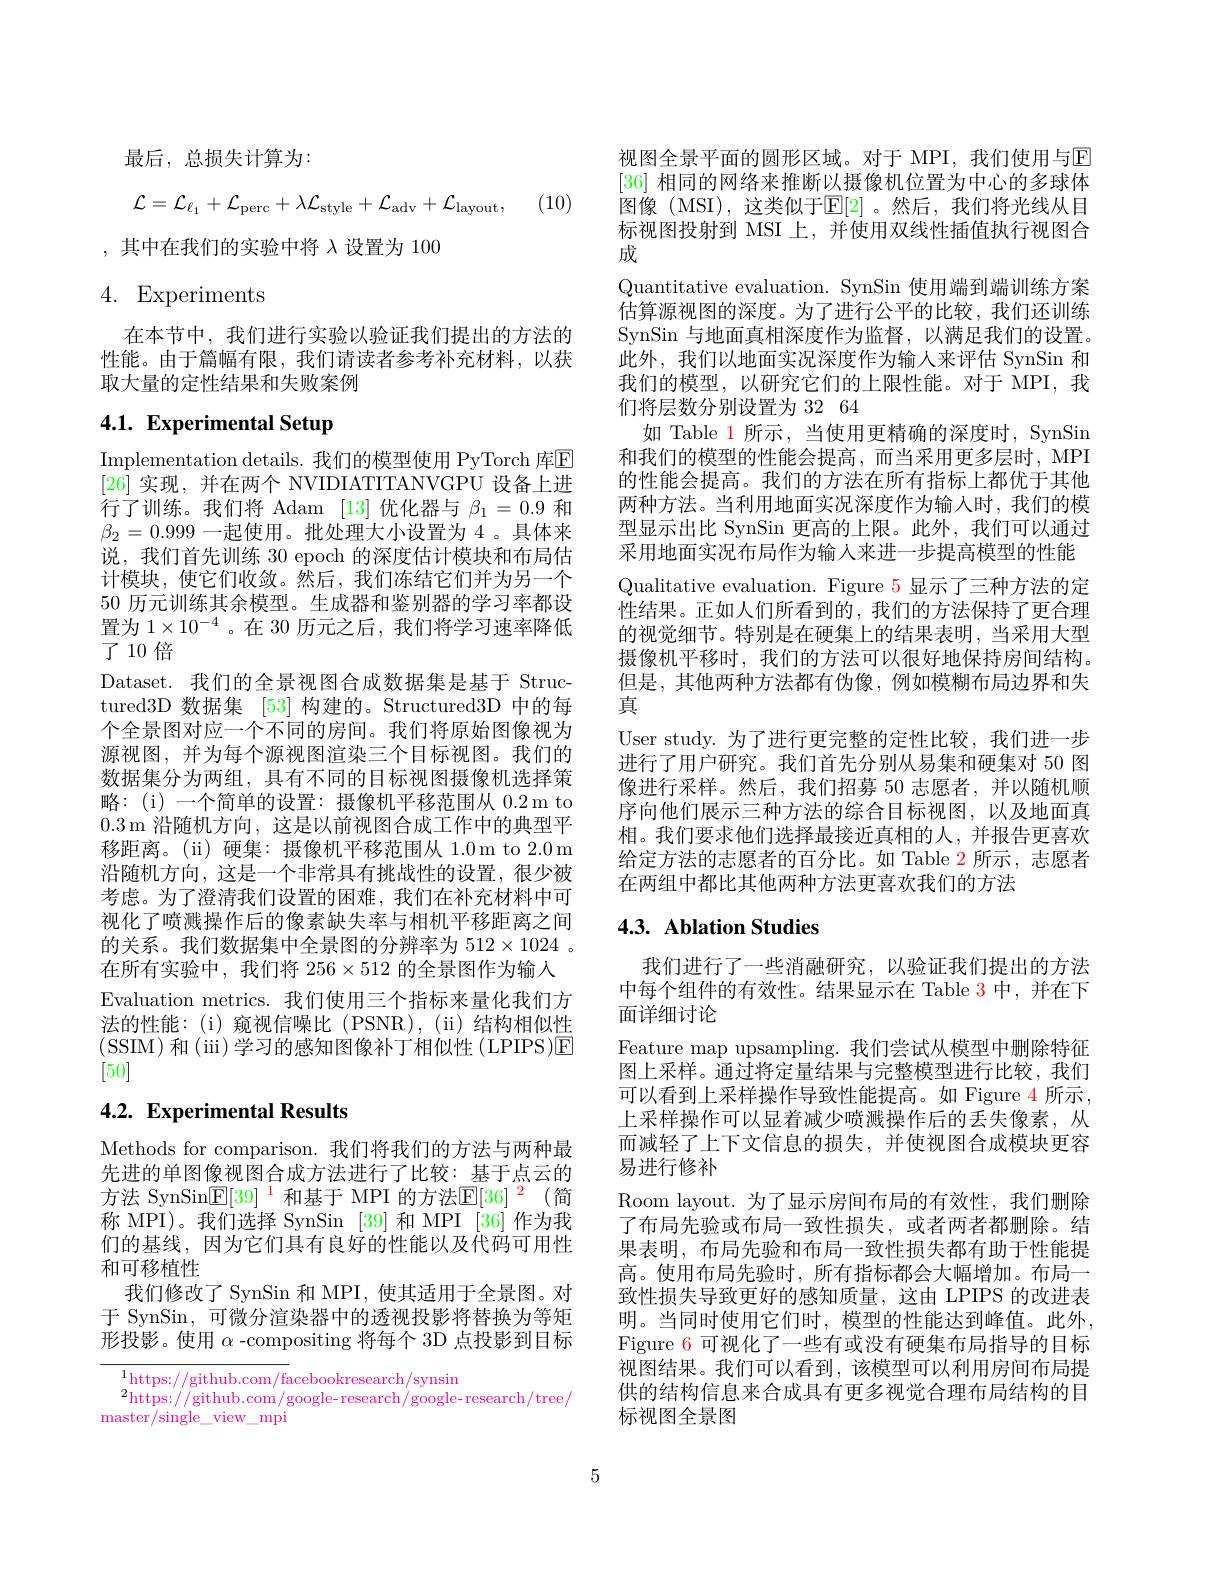
最后，总损失计算为：
$$\mathcal{L}=\mathcal{L}_{\ell_1}+\mathcal{L}_{\mathrm{perc}}+\lambda\mathcal{L}_{\mathrm{style}}+\mathcal{L}_{\mathrm{adv}}+\mathcal{L}_{\mathrm{layout}},$$
,其中在我们的实验中将$\lambda$设置为 100

# 4. Experiments

在本节中，我们进行实验以验证我们提出的方法的性能。由于篇幅有限，我们请读者参考补充材料，以获取大量的定性结果和失败案例

# 4.1. Experimental Setup

Implementation details. 我们的模型使用 PyTorch 库$\mathbb{E}$ [26]实现，并在两个 NVIDIATITANVGPU 设备上进行了训练。我们将 Adam [13]优化器与$\beta_1=0.9$和$\beta_2=0.999$一起使用。批处理大小设置为 4 。具体来说，我们首先训练 30 epoch 的深度估计模块和布局估计模块，使它们收敛。然后，我们冻结它们并为另一个50 历元训练其余模型。生成器和鉴别器的学习率都设置为$1\times10^{-4}$。在 30 历元之后，我们将学习速率降低了10倍
Dataset. 我们的全景视图合成数据集是基于 Structured3D 数据集 [53] 构建的。Structured3D 中的每个全景图对应一个不同的房间。我们将原始图像视为源视图，并为每个源视图渲染三个目标视图。我们的数据集分为两组，具有不同的目标视图摄像机选择策略：(i)一个简单的设置：摄像机平移范围从 0.2 m to $0.3\operatorname{m}$沿随机方向，这是以前视图合成工作中的典型平移距离。(ii) 硬集：摄像机平移范围从 1.0m to 2.0 m 沿随机方向，这是一个非常具有挑战性的设置，很少被考虑。为了澄清我们设置的困难，我们在补充材料中可视化了喷溅操作后的像素缺失率与相机平移距离之间的关系。我们数据集中全景图的分辨率为$512\times1024$ 。在所有实验中，我们将 256$\times512$的全景图作为输入Evaluation metrics. 我们使用三个指标来量化我们方法的性能：(i) 窥视信噪比(PSNR),(ii)结构相似性(SSIM)和(iii)学习的感知图像补丁相似性(LPIPS)E [50]

# 4.2. Experimental Results

Methods for comparison. 我们将我们的方法与两种最先进的单图像视图合成方法进行了比较：基于点云的方法 SynSin$\underline{\mathrm{E}}[39]^{1}$ 和基于 MPI 的方法$\underline {\mathrm{E} }[ 36] ^2$ (简称 MPI)。我们选择 SynSin [39]和 MPI [36] 作为我们的基线，因为它们具有良好的性能以及代码可用性和可移植性
我们修改了 SynSin 和 MPI, 使其适用于全景图。对于 SynSin, 可微分渲染器中的透视投影将替换为等矩形投影。使用$\alpha$ -compositing 将每个 3D 点投影到目标

$^1$https://github.com/facebookresearch/synsin
$^2$https://github.com/google-research/google-research/tree/
master/ single$\_$view$\_$mpi

视图全景平面的圆形区域。对于 MPI, 我们使用与E [36]相同的网络来推断以摄像机位置为中心的多球体图像 (MSI),这类似于$\mathbb{E}[2]$。然后，我们将光线从目标视图投射到 MSI 上，并使用双线性插值执行视图合成
Quantitative evaluation. SynSin 使用端到端训练方案估算源视图的深度。为了进行公平的比较，我们还训练SynSin 与地面真相深度作为监督，以满足我们的设置。此外，我们以地面实况深度作为输人来评估 SynSin 和我们的模型，以研究它们的上限性能。对于 MPI, 我们将层数分别设置为 32 64
如 Table 1 所示，当使用更精确的深度时，SynSin 和我们的模型的性能会提高，而当采用更多层时，MPI 的性能会提高。我们的方法在所有指标上都优于其他两种方法。当利用地面实况深度作为输入时，我们的模型显示出比 SynSin 更高的上限。此外，我们可以通过采用地面实况布局作为输入来进一步提高模型的性能Qualitative evaluation. Figure 5 显示了三种方法的定性结果。正如人们所看到的，我们的方法保持了更合理的视觉细节。特别是在硬集上的结果表明，当采用大型摄像机平移时，我们的方法可以很好地保持房间结构。但是，其他两种方法都有伪像，例如模糊布局边界和失真
User study. 为了进行更完整的定性比较，我们进一步进行了用户研究。我们首先分别从易集和硬集对 50 图像进行采样。然后，我们招募 50 志愿者，并以随机顺序向他们展示三种方法的综合目标视图，以及地面真相。我们要求他们选择最接近真相的人，并报告更喜欢给定方法的志愿者的百分比。如 Table $\color{red}{2}$所示，志愿者在两组中都比其他两种方法更喜欢我们的方法

## 4.3. Ablation Studies

我们进行了一些消融研究，以验证我们提出的方法中每个组件的有效性。结果显示在 Table 3 中，并在下面详细讨论
Feature map upsampling. 我们尝试从模型中删除特征图上采样。通过将定量结果与完整模型进行比较，我们可以看到上采样操作导致性能提高。如 Figure 4 所示， 上采样操作可以显着减少喷溅操作后的丢失像素，从而减轻了上下文信息的损失，并使视图合成模块更容易进行修补
Room layout. 为了显示房间布局的有效性，我们删除了布局先验或布局一致性损失，或者两者都删除。结果表明，布局先验和布局一致性损失都有助于性能提高。使用布局先验时，所有指标都会大幅增加。布局一致性损失导致更好的感知质量，这由 LPIPS 的改进表明。当同时使用它们时，模型的性能达到峰值。此外， Figure 6 可视化了一些有或没有硬集布局指导的目标视图结果。我们可以看到，该模型可以利用房间布局提供的结构信息来合成具有更多视觉合理布局结构的目标视图全景图

5